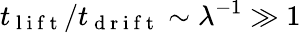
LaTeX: t_{\mathrm{~l~i~f~t~}}/t_{\mathrm{~d~r~i~f~t~}}\sim\lambda^{-1}\gg 1